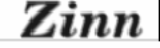
Zinn